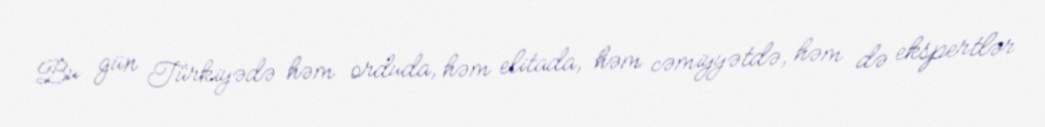
Bu gün Türkiyədə həm orduda, həm elitada, həm cəmiyyətdə, həm də ekspertlər